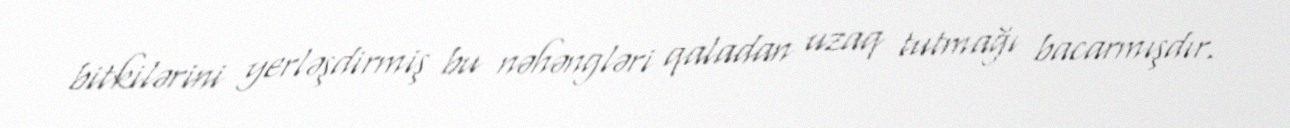
bitkilərini yerləşdirmiş bu nəhəngləri qaladan uzaq tutmağı bacarmışdır.